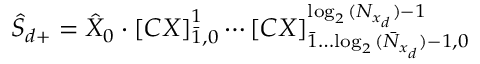
\hat { S } _ { d + } = \hat { X } _ { 0 } \cdot { [ C X ] } _ { \bar { 1 } , 0 } ^ { 1 } \cdots { [ C X ] } _ { \bar { 1 } \dots \bar { \log _ { 2 } { ( N _ { x _ { d } } ) } - 1 } , 0 } ^ { \log _ { 2 } { ( N _ { x _ { d } } ) } - 1 }